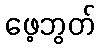
ဖေ့ဘွတ်